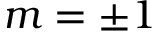
m = \pm 1